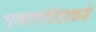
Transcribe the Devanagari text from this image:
भावसंगीताकडे